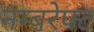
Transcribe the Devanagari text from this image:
नम्बरेफ्ट